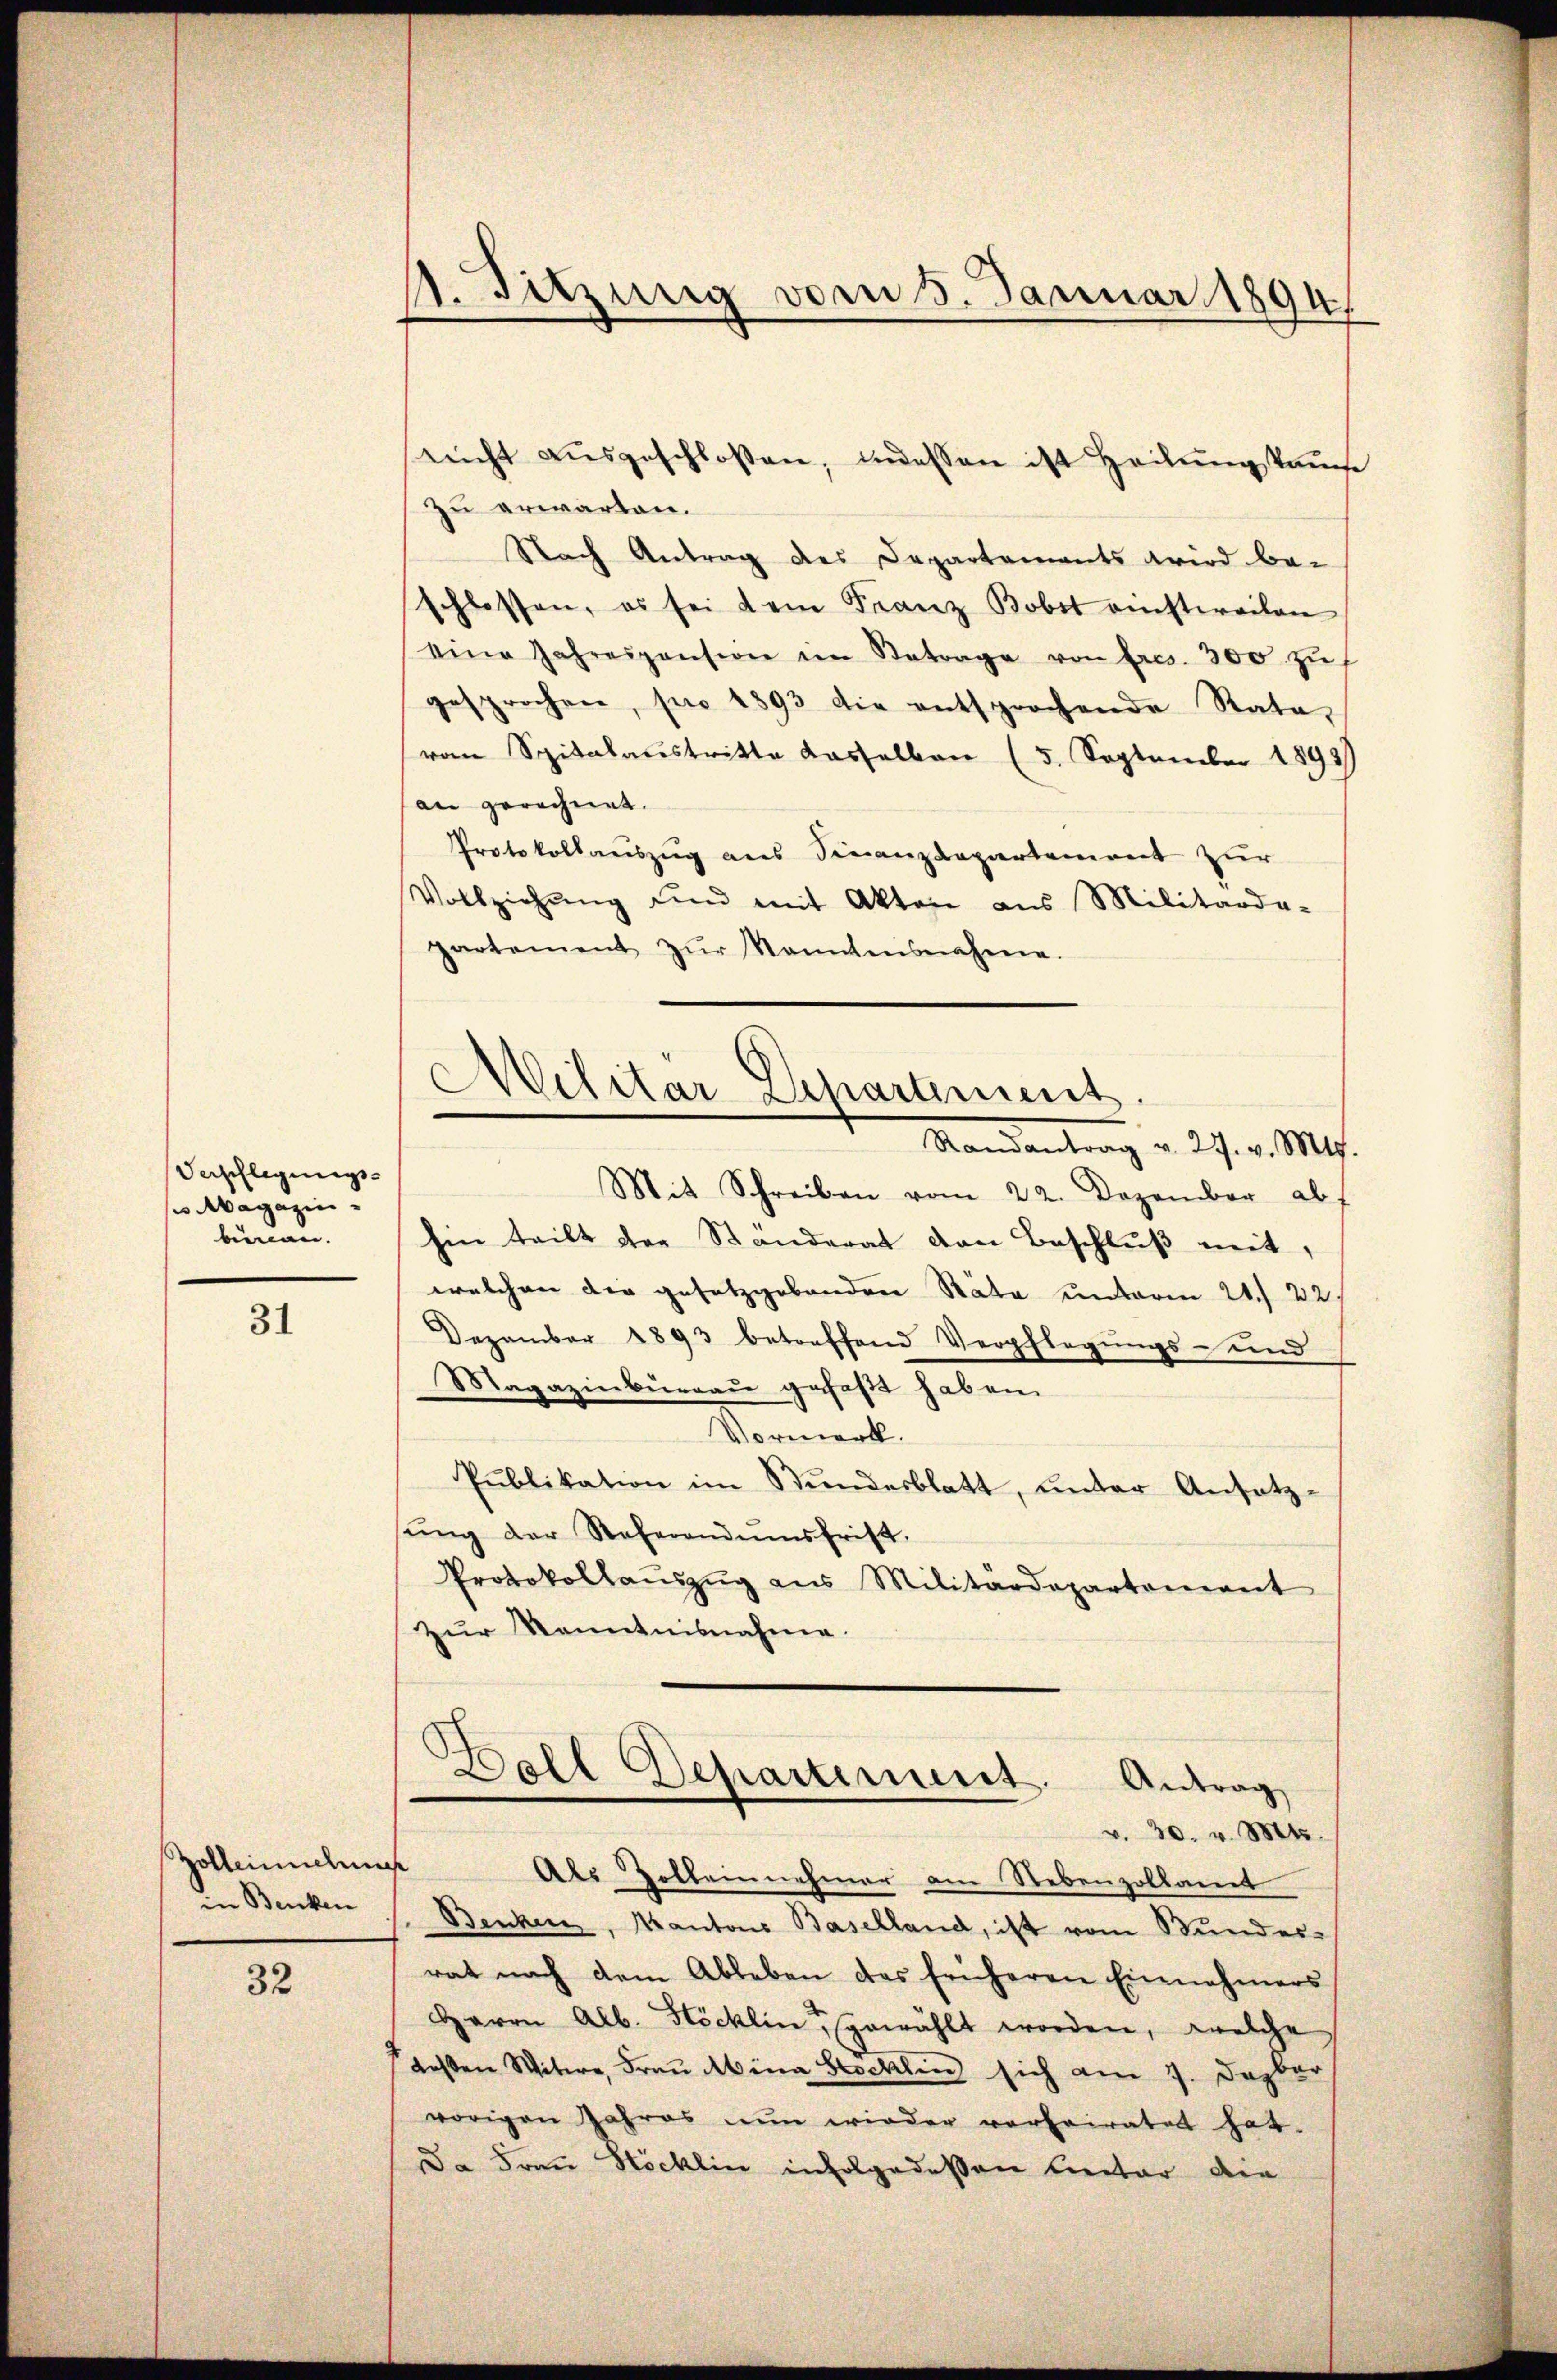
Verschlegungs-
po Magazin
beinan. |

31

Zolleinsehen
in Benken

32

nicht aŭsgeschloßen, indessen ist Heilung kannte
zu erwarten.
 Nach Antrag des Departements wird be-
schlossen, es sei dem Franz Bobst einstweilen
eine Jahreszensione in Betrage von Ercs. 300 zŭ
gesprochen, pro 1893 die entsprochende Rata,
von Spitalaustritte dasselben (5. September 1893)
an gerechnet.
Protokollaŭszŭg ans Finanzdepartement zur
Vollziehŭng und mit Akten aus Militarde-
partement zŭr kanntensnahme.
Mit Schreiben vom 22. Dezember ab
hin teilt der Standerat den Beschluß mit,
welchen der gesetzgebenden Räte unteren 24. 22
Dezember 1893 betreffend Verpflegungs- und
Magazinbŭrgaŭ gefaßt haben.
Vormerk.
Pŭblikation im Bŭndesblatt, ŭnter Ansatz-
ŭng der Referandumsfrist.
Protokollaŭszŭg ans Militärdepartement
zur Kenntnisnahme.
Dell Departement. Antrag
v. 30. v. Mts.
e
Als Zolleinnehmer am Nebenzollamt
Benken, Kantons Baselland, ist vom Bundes-
rat nach dem Ableben das früheren Einnahmers
Herrn Alb. Höcklin, gewählt worden, welche
deßen Witwe, Fraŭ Abina Stocklin sich am 7. Dezber
vorigen Jahres nun wieder vorheiratet hat.
Da Frau Höcklin infolgedessen lieber die

st. Sitzung vom 8. Januar 1894.

Militar Departiment.
Randantrag v. 27. v. Mts.